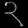
Digit: ၃